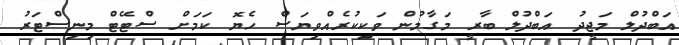
އަބްދުލް މަޖީދު އަބްދުލް ބާރީ މަގާމުން ވަކިކުރެއްވިޔަސް ހެޔޮ ކަމަށް ސްޓޭޓް މިނިސްޓަރު